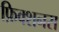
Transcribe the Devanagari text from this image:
फ़िक्शनस